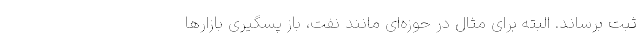
ثبت برساند. البته برای مثال در حوزه‌ای مانند نفت، باز پسگیری بازارها